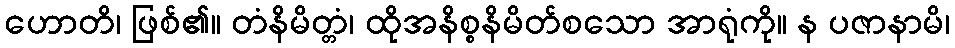
ဟောတိ၊ ဖြစ်၏။ တံနိမိတ္တံ၊ ထိုအနိစ္စနိမိတ်စသော အာရုံကို။ န ပဇာနာမိ၊